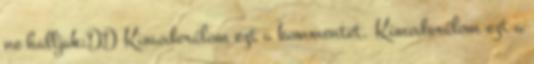
ne halljak:DD Kimoderálom ezt a kommentet. Kimoderálom ezt a